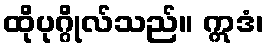
ထိုပုဂ္ဂိုလ်သည်။ ဣဒံ၊